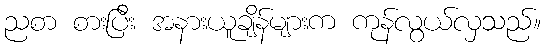
ညစာ စားပြီး အနားယူချိန်များက ကုန်လွယ်လှသည်။